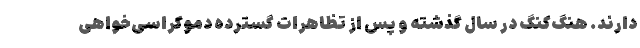
دارند. هنگ‌کنگ در سال گذشته و پس از تظاهرات گسترده دموکراسی‌خواهی